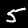
Label: 5